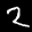
Label: 2